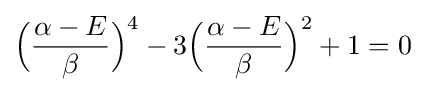
{\Big (}{\frac {\alpha -E}{\beta }}{\Big )}^{4}-3{\Big (}{\frac {\alpha -E}{\beta }}{\Big )}^{2}+1=0